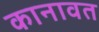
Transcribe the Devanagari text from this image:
कानावत